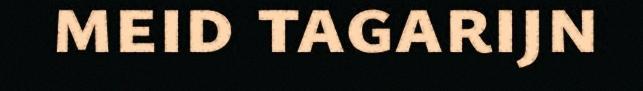
meid tagarijn